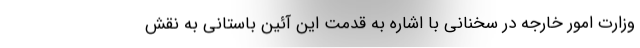
وزارت امور خارجه در سخنانی با اشاره به قدمت این آئین باستانی به نقش